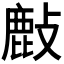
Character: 𢿇